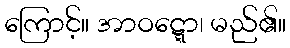
ကြောင့်။ အာဝဋ္ဋော၊ မည်၏။